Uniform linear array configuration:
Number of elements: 16
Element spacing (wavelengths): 0.75
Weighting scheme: exponential
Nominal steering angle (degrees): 60
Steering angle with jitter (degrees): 59.743
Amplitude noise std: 0.05
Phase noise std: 0.05

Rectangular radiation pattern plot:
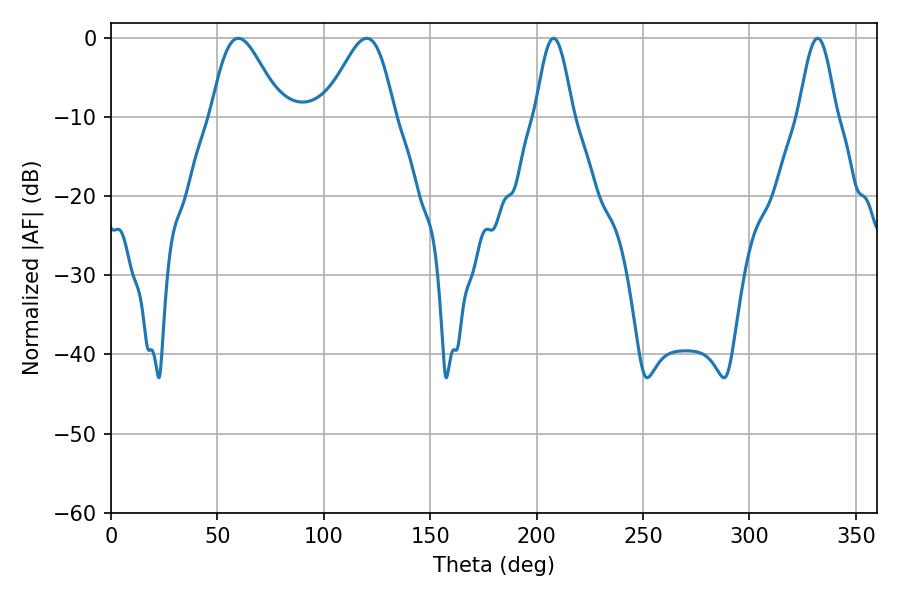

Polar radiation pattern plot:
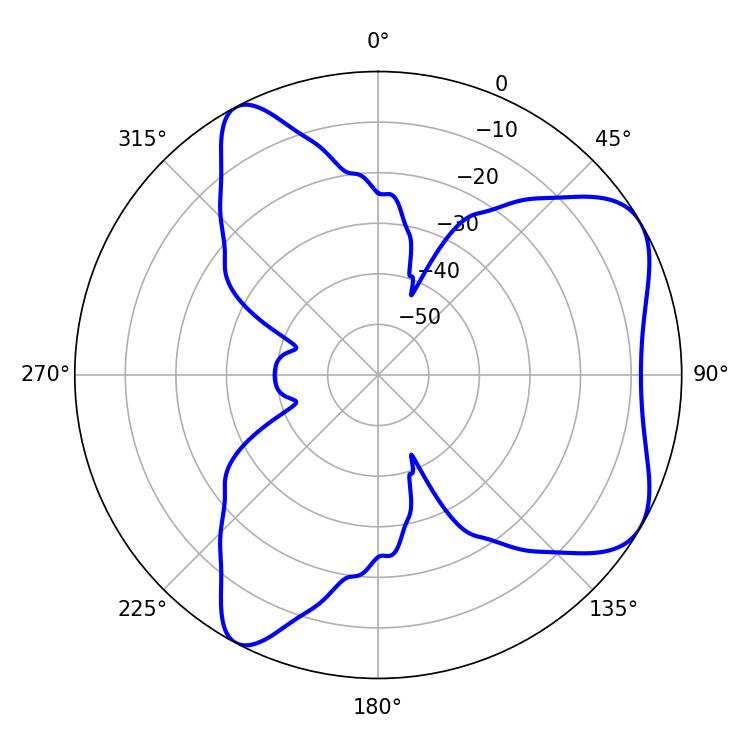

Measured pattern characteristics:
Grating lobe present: TRUE
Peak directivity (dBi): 6.331
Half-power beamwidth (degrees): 17.28
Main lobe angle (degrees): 59.76